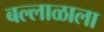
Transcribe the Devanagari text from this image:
बल्लाळाला